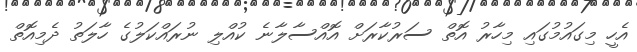
އެހީ މިގައުމުގައި މިހާރު އޮތް ސަރުކާރަށް އޮއްސާލާނެ ކުއްލި ނުރައްކަލުގެ ހާލަތު ދެމިއޮތް